65_HS1-834228961_62-HQ-83894_Section_8
Agency: FBI
Page 156
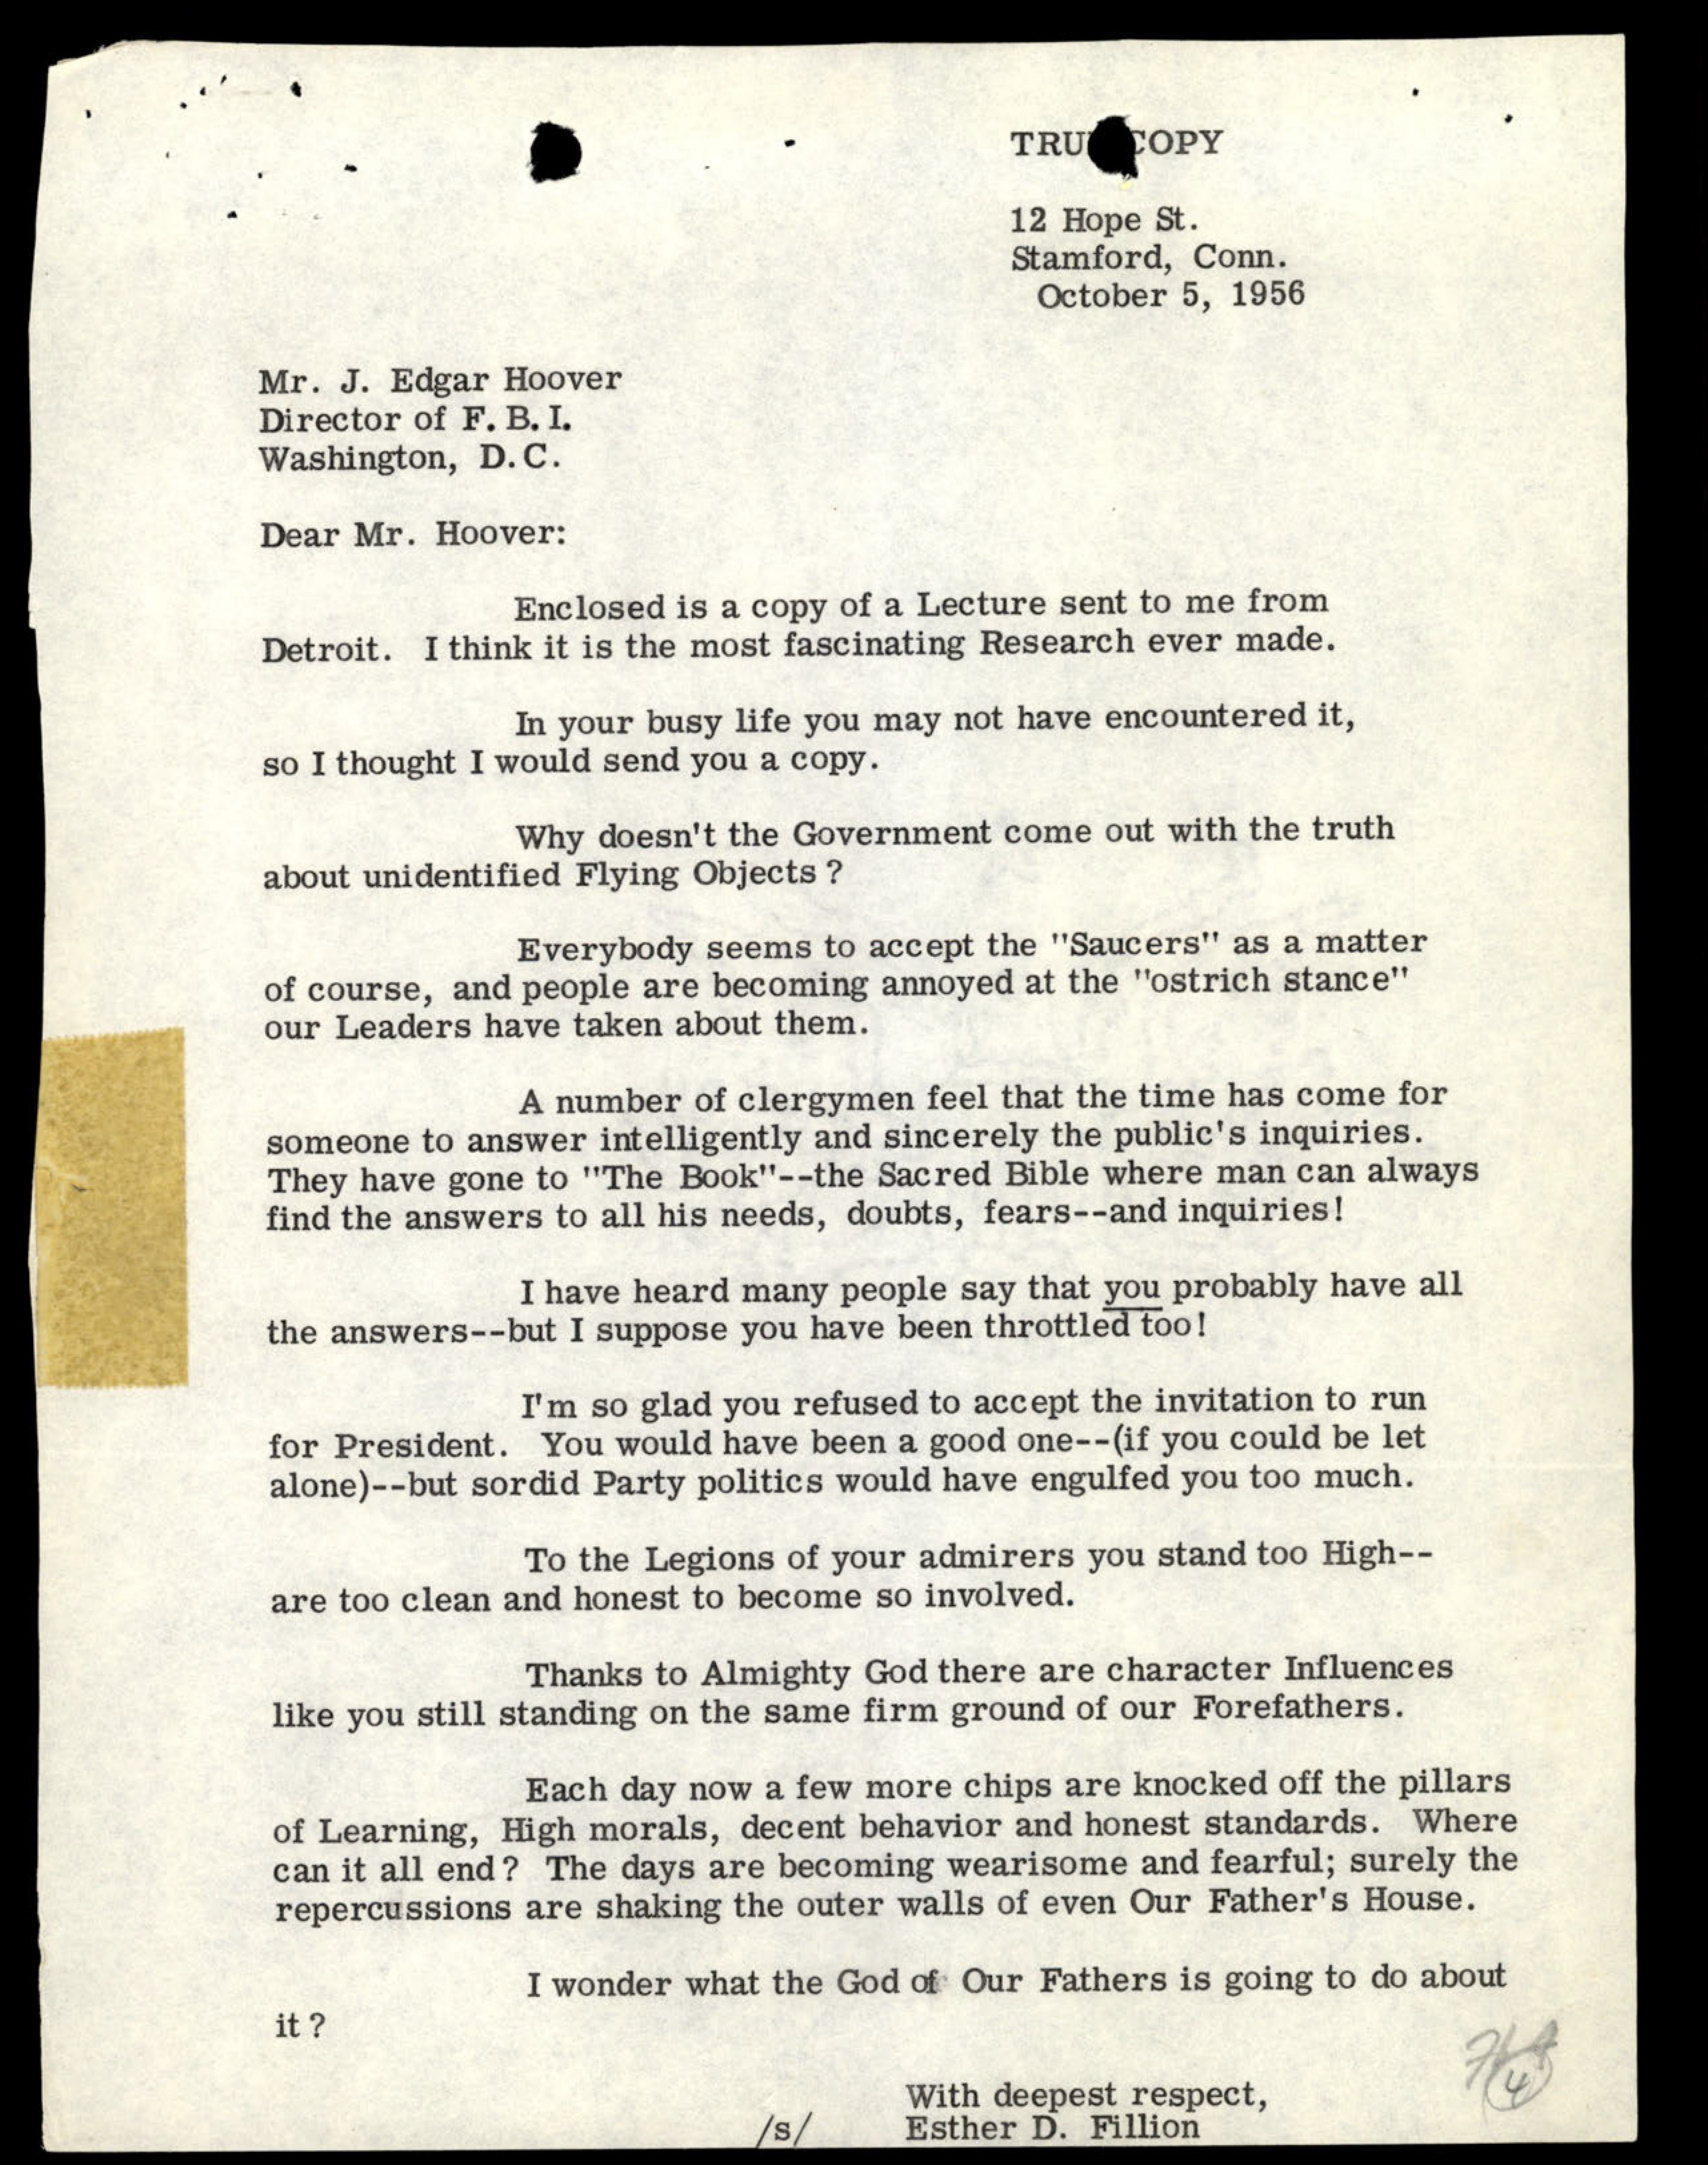